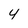
Character: 4